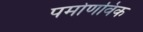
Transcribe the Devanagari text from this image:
पर्माणविक